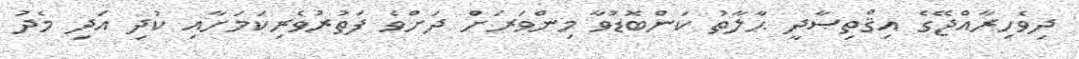
ދިވެހިރާއްޖޭގެ އިޤްތިޞާދީ ޙާލާތު ކަންބޮޑުވާ މިންވަރަށް ދަށްވެ ފަތުރުވެރިކަމަށާއި ކުދި އަދި މެދު